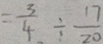
= \frac { 3 } { 4 } \div \frac { 1 7 } { 2 0 }